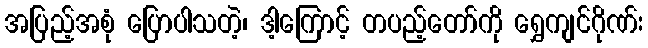
အပြည့်အစုံ ပြောပါသတဲ့၊ ဒါ့ကြောင့် တပည့်တော်ကို ရွှေကျင်ဂိုဏ်း